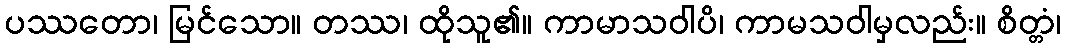
ပဿတော၊ မြင်သော။ တဿ၊ ထိုသူ၏။ ကာမာသဝါပိ၊ ကာမသဝါမှလည်း။ စိတ္တံ၊